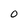
Character: O